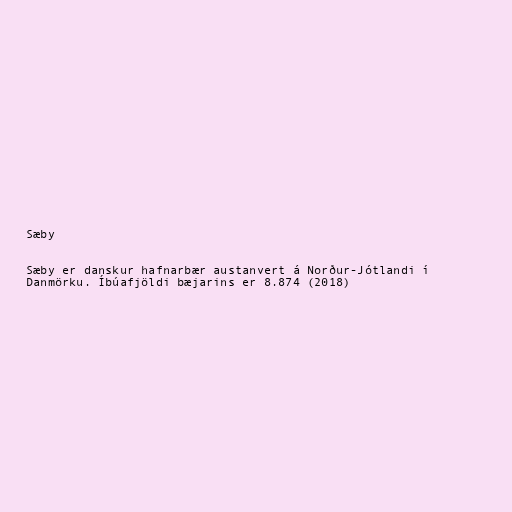
Sæby

Sæby er danskur hafnarbær austanvert á Norður-Jótlandi í
Danmörku. Íbúafjöldi bæjarins er 8.874 (2018)